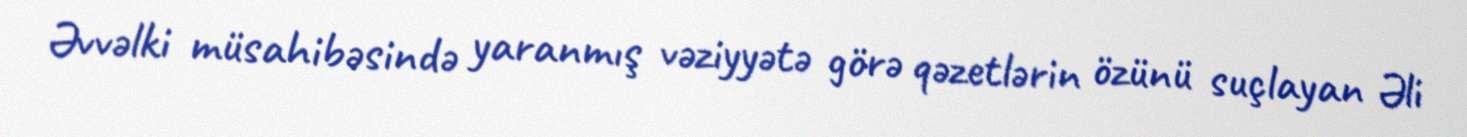
Əvvəlki müsahibəsində yaranmış vəziyyətə görə qəzetlərin özünü suçlayan Əli